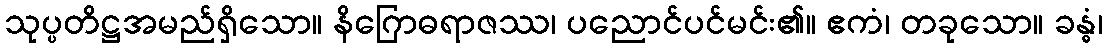
သုပ္ပတိဋ္ဌအမည်ရှိသော။ နိဂြောဓရာဇဿ၊ ပညောင်ပင်မင်း၏။ ဧကံ၊ တခုသော။ ခန္ဓံ၊